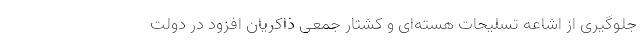
جلوگیری از اشاعه تسلیحات هسته‌ای و کشتار جمعی ذاکریان افزود در دولت